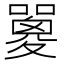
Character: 𡂇